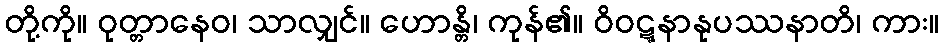
တို့ကို။ ဝုတ္တာနေဝ၊ သာလျှင်။ ဟောန္တိ၊ ကုန်၏။ ဝိဝဋ္ဋနာနုပဿနာတိ၊ ကား။